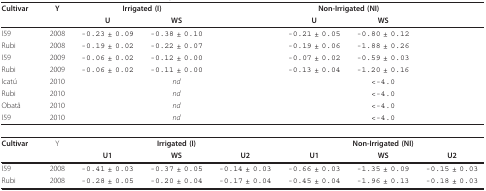
<table><thead><tr><td><b>Cultivar</b></td><td><b>Y</b></td><td colspan="2"><b>Irrigated (I)</b></td><td></td><td colspan="2"><b>Non-Irrigated (NI)</b></td><td></td></tr><tr><td></td><td></td><td><b>U</b></td><td><b>WS</b></td><td></td><td><b>U</b></td><td><b>WS</b></td><td></td></tr></thead><tbody><tr><td>I59</td><td>2008</td><td>-0.23 ± 0.09</td><td>-0.38 ± 0.10</td><td></td><td>-0.21 ± 0.05</td><td>-0.80 ± 0.12</td><td></td></tr><tr><td>Rubi</td><td>2008</td><td>-0.19 ± 0.02</td><td>-0.22 ± 0.07</td><td></td><td>-0.19 ± 0.06</td><td>-1.88 ± 0.26</td><td></td></tr><tr><td>I59</td><td>2009</td><td>-0.06 ± 0.02</td><td>-0.12 ± 0.00</td><td></td><td>-0.07 ± 0.02</td><td>-0.59 ± 0.03</td><td></td></tr><tr><td>Rubi</td><td>2009</td><td>-0.06 ± 0.02</td><td>-0.11 ± 0.00</td><td></td><td>-0.13 ± 0.04</td><td>-1.20 ± 0.16</td><td></td></tr><tr><td>Icatú</td><td>2010</td><td colspan="3"><i>nd</i></td><td colspan="3">&lt;-4.0</td></tr><tr><td>Rubi</td><td>2010</td><td colspan="3"><i>nd</i></td><td colspan="3">&lt;-4.0</td></tr><tr><td>Obatã</td><td>2010</td><td colspan="3"><i>nd</i></td><td colspan="3">&lt;-4.0</td></tr><tr><td>I59</td><td>2010</td><td colspan="3"><i>nd</i></td><td colspan="3">&lt;-4.0</td></tr><tr><td><b>Cultivar</b></td><td>Y</td><td colspan="3"><b>Irrigated (I)</b></td><td colspan="3"><b>Non-Irrigated (NI)</b></td></tr><tr><td></td><td></td><td><b>U1</b></td><td><b>WS</b></td><td><b>U2</b></td><td><b>U1</b></td><td><b>WS</b></td><td><b>U2</b></td></tr><tr><td>I59</td><td>2008</td><td>-0.41 ± 0.03</td><td>-0.37 ± 0.05</td><td>-0.14 ± 0.03</td><td>-0.66 ± 0.03</td><td>-1.35 ± 0.09</td><td>-0.15 ± 0.03</td></tr><tr><td>Rubi</td><td>2008</td><td>-0.28 ± 0.05</td><td>-0.20 ± 0.04</td><td>-0.17 ± 0.04</td><td>-0.45 ± 0.04</td><td>-1.96 ± 0.13</td><td>-0.18 ± 0.03</td></tr></tbody></table>